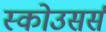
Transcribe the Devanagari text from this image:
स्कोउसर्स